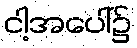
ငါ့အပေါ်၌